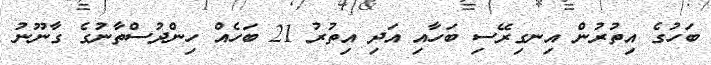
ބަހުގެ އިތުރުން އިނގިރޭސި ބަހާއި އަދި އިތުރު 21 ބަހެއް ހިންދުސްތާނުގެ ގާނޫނު